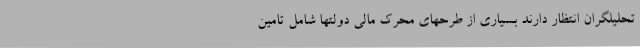
تحلیلگران انتظار دارند بسیاری از طرحهای محرک مالی دولتها شامل تامین